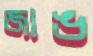
জাঙ